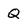
Character: Q